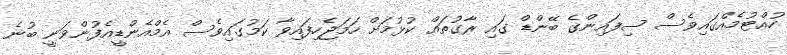
ހުއްޓުމެއްގައިވެސް ސިފައިންގެ ބޭންޑް ގައި ރާގުތައް ކުޅުމަށް ހަމަޖެހިފައިވާ ކަމުގައިވެސް އެމްއެންޑީއެފުންވަނީ ބުނެ